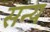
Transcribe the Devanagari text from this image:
सन्य